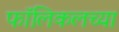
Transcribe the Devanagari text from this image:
फॉलिकलच्या